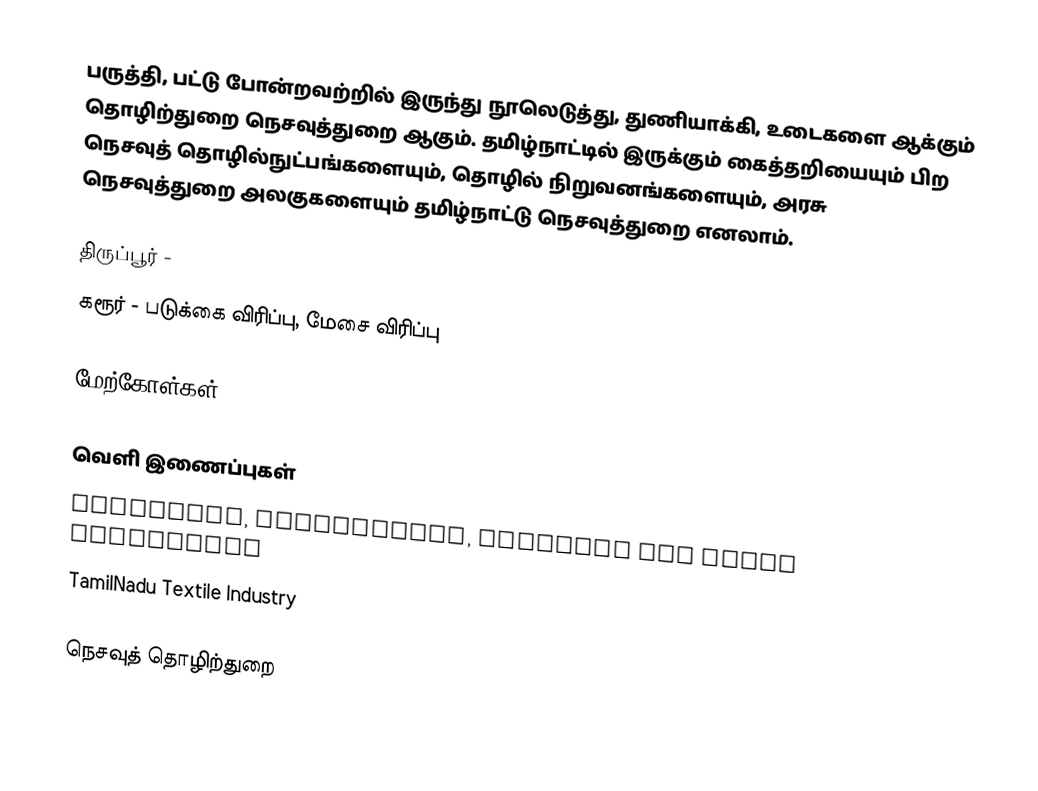
பருத்தி, பட்டு போன்றவற்றில் இருந்து நூலெடுத்து, துணியாக்கி, உடைகளை ஆக்கும் தொழிற்துறை நெசவுத்துறை ஆகும்.  தமிழ்நாட்டில் இருக்கும் கைத்தறியையும் பிற நெசவுத் தொழில்நுட்பங்களையும், தொழில் நிறுவனங்களையும், அரசு நெசவுத்துறை அலகுகளையும் தமிழ்நாட்டு நெசவுத்துறை எனலாம்.

 திருப்பூர் -
 கரூர்  - படுக்கை விரிப்பு, மேசை விரிப்பு

மேற்கோள்கள்

வெளி இணைப்புகள்
 Handlooms, Handicrafts, Textiles and Khadi Department
 TamilNadu Textile Industry

நெசவுத் தொழிற்துறை